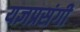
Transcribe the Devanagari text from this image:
यज्ञप्रसंगी